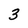
Character: 3